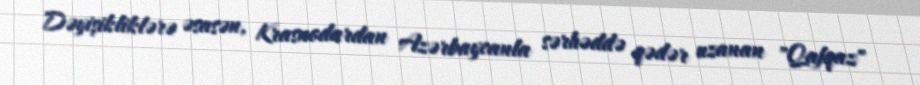
Dəyişikliklərə əsasən, Krasnodardan Azərbaycanla sərhəddə qədər uzanan "Qafqaz"